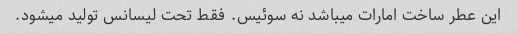
این عطر ساخت امارات می​باشد نه سوئیس. فقط تحت لیسانس تولید می​شود.